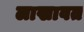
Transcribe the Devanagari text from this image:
लाखावत